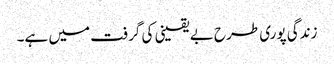
زندگی پوری طرح بے یقینی کی گرفت میں ہے۔